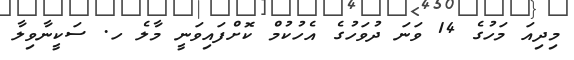
މިދިއަ މަހުގެ 14 ވަނަ ދުވަހުގެ އެހުކުމް ކޮށްފައިވަނީ މާލެ ހ. ސަކީނާވިލާ